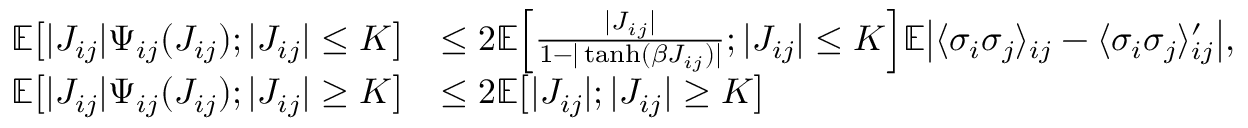
\begin{array} { r l } { \mathbb E \bigl [ | J _ { i j } | \Psi _ { i j } ( J _ { i j } ) ; | J _ { i j } | \leq K \bigr ] } & { \leq 2 \mathbb E \Bigl [ \frac { | J _ { i j } | } { 1 - | \operatorname { t a n h } ( \beta J _ { i j } ) | } ; | J _ { i j } | \leq K \Bigr ] \mathbb E \bigl | \langle \sigma _ { i } \sigma _ { j } \rangle _ { i j } - \langle \sigma _ { i } \sigma _ { j } \rangle _ { i j } ^ { \prime } \bigr | , } \\ { \mathbb E \bigl [ | J _ { i j } | \Psi _ { i j } ( J _ { i j } ) ; | J _ { i j } | \geq K \bigr ] } & { \leq 2 \mathbb E \bigl [ | J _ { i j } | ; | J _ { i j } | \geq K \bigr ] } \end{array}